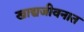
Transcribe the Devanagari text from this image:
खाद्यजीवनात